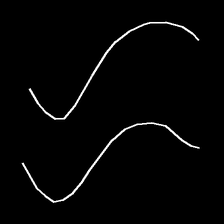
Glyph: float